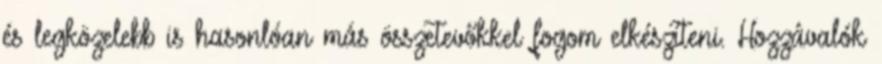
és legközelebb is hasonlóan más összetevőkkel fogom elkészíteni. Hozzávalók